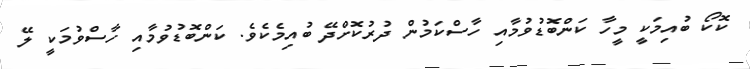
ކޮކޯ ބުއިމަކީ މީހާ ކަންބޮޑުވުމާއި ހާސްކަމުން ދުރުކޮށްދޭ ބުއިމެކެވެ. ކަންބޮޑުވުމާއި ހާސްވުމަކީ ލޭ